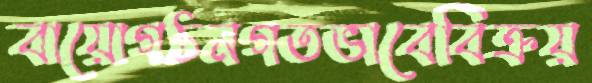
বায়োগঠনগতভাবেবিক্রয়